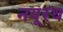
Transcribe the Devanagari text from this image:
नयूरथ